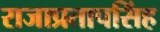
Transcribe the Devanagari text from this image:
राजाप्रतापसिंह